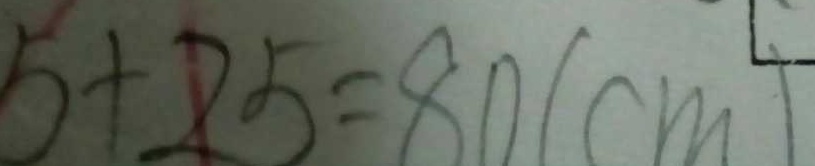
5 + 2 5 = 8 0 ( c m )